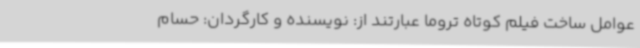
عوامل ساخت فیلم کوتاه تروما عبارتند از: نویسنده و کارگردان: حسام